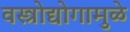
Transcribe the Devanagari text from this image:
वस्त्रोद्योगामुळे